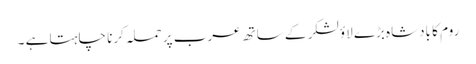
روم کا بادشاہ بڑے لاؤ لشکر کے ساتھ عرب پر حملہ کرنا چاہتا ہے ۔